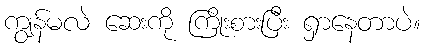
ကျွန်မလဲ ဆေးကို ကြိုးစားပြီး ရှာနေတာပဲ။